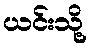
ယင်းသို့